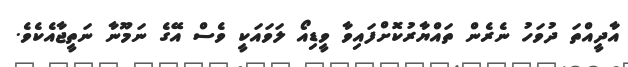
އާދީއްތަ ދުވަހު ނެރެން ތައްޔާރުކޮށްފައިވާ ވީޑިއޯ ލަވައަކީ ވެސް އޭގެ ނަމޫނާ ނަތީޖާއެކެވެ.